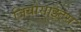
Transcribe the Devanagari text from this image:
जियोसाइट्स